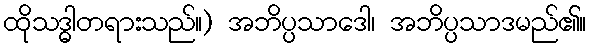
ထိုသဒ္ဓါတရားသည်။) အဘိပ္ပသာဒေါ၊ အဘိပ္ပသာဒမည်၏။